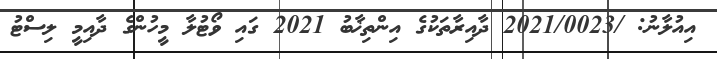
އިއުލާނު: /2021/0023 ދާއިރާތަކުގެ އިންތިޚާބު 2021 ގައި ވޯޓުލާ މީހުންގެ ދާއިމީ ލިސްޓު